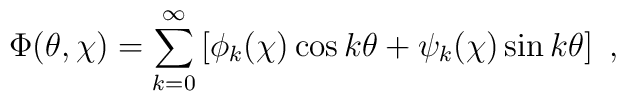
\Phi(\theta,\chi)=\sum_{k=0}^{\infty}\left[\phi_k(\chi)\cos k\theta+\psi_k(\chi)\sin k\theta\right]~,